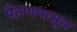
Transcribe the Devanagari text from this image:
पैठणपासून